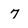
Character: 7